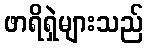
ဖာရိရှဲများသည်